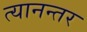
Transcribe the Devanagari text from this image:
त्यानन्तर